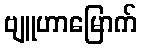
ဗျူဟာမြောက်